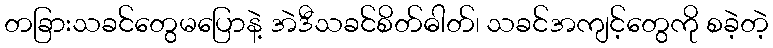
တခြားသခင်တွေမပြောနဲ့ အဲဒီသခင်စိတ်ဓါတ်၊ သခင်အကျင့်တွေကို စခဲ့တဲ့